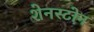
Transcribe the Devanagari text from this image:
शेनस्टोन